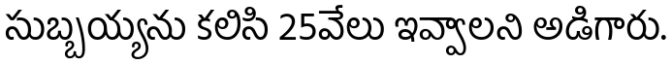
సుబ్బయ్యను కలిసి 25వేలు ఇవ్వాలని అడిగారు.